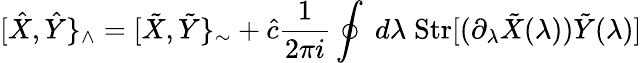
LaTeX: [\hat{X},\hat{Y}\} _{\wedge}=[\tilde{X},\tilde{Y}\} _{\sim}+\hat{c}\frac{1}{2\pi i}\oint\; d\lambda\; \mathrm{Str}[(\partial_{\lambda}\tilde{X}(\lambda))\tilde{Y}(\lambda)]